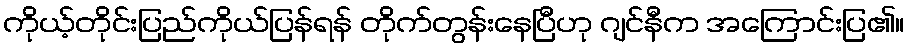
ကိုယ့်တိုင်းပြည်ကိုယ်ပြန်ရန် တိုက်တွန်းနေပြီဟု ဂျင်နီက အကြောင်းပြ၏။